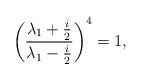
\begin{align*}\left(\frac{\lambda_1+\frac{i}{2}}{\lambda_1-\frac{i}{2}}\right)^4=1,\end{align*}